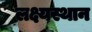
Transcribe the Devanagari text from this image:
लक्ष्यस्थान